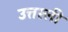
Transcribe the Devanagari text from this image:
उत्तरली